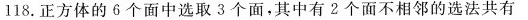
l18。正方体的6个面中选取3个面，其中有2个面不相邻的选法共有